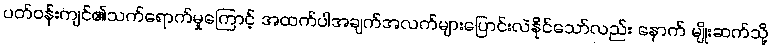
ပတ်ဝန်းကျင်၏သက်ရောက်မှုကြောင့် အထက်ပါအချက်အလက်များပြောင်းလဲနိုင်သော်လည်း နောက် မျိုးဆက်သို့